Lunatic asylums Punjab 1911-1921 - 1911-1921
Year: 1911
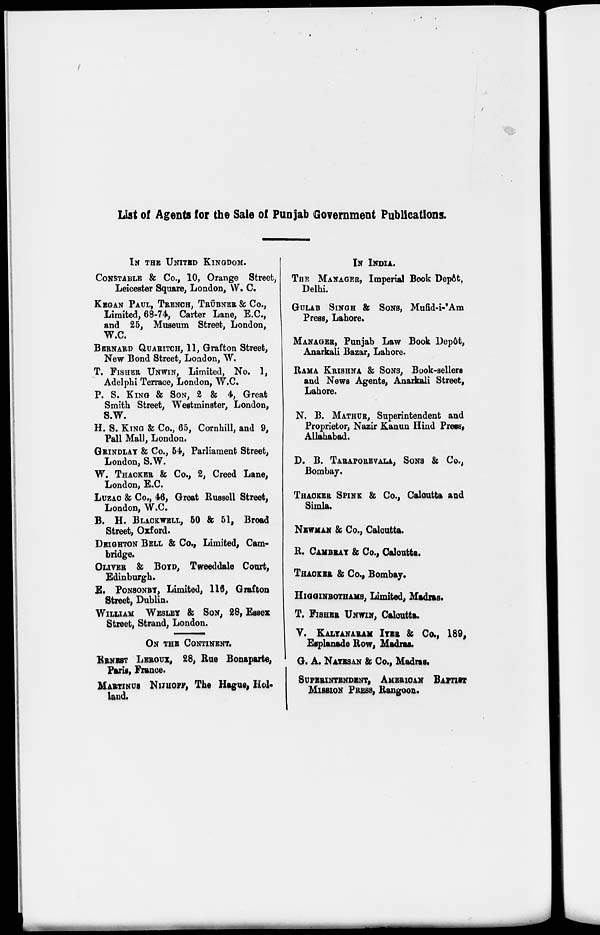
List of Agents for the Sale of Punjab Government Publications.
IN THE UNITED KINGDOM.
CONSTABLE & Co., 10, Orange Street,
Leicester Square, London, W. C.
KEGAN PAUL, TRENCH, TRÜBNER & Co.,
Limited, 68-74, Carter Lane, E.C.,
and 25, Museum Street, London,
W.C.
BERNARD QUARITCH, 11, Grafton Street,
New Bond Street, London, W.
T. FISHER UNWIN, Limited, No. 1,
Adelphi Terrace, London, W.C.
P. S. KING & SON, 2 & 4, Great
Smith Street, Westminster, London,
S.W.
H. S. KING & Co., 65, Cornhill, and 9,
Pall Mall, London.
GRINDLAY & Co., 54, Parliament Street,
London, S.W.
W. THACKER & Co., 2, Creed Lane,
London, E.C.
LUZAC & Co., 46, Great Russell Street,
London, W.C.
B. H. BLACKWELL, 50 & 51, Broad
Street, Oxford.
DEIGHTON BELL & Co., Limited, Cam-
bridge.
OLIVER & BOYD, Tweeddale Court,
Edinburgh.
E. PONSONBY, Limited, 116, Grafton
Street, Dublin.
WILLIAM WESLEY & SON, 28, Essex
Street, Strand, London.
ON THE CONTINENT.
ERNEST LEROUX, 28, Rue Bonaparte,
Paris, France.
MARTINUS NIJHOFF, The Hague, Hol-
land.
IN INDIA.
THE MANAGER, Imperial Book Depôt,
Delhi.
GULAB SINGH & SONS, Mufid-i-'Am
Press, Lahore.
MANAGER, Punjab Law Book Depôt,
Anarkali Bazar, Lahore.
RAMA KRISHNA & SONS, Book-sellers
and News Agents, Anarkali Street,
Lahore.
N. B. MATHUR, Superintendent and
Proprietor, Nazir Kanun Hind Press,
Allahabad.
D. B. TARAPOREVALA, SONS & Co.,
Bombay.
THACKER SPINK & Co., Calcutta and
Simla.
NEWMAN & Co., Calcutta.
B. CAMBRAY & Co., Calcutta.
THACKER & Co., Bombay.
HIGGINBOTHAMS, Limited, Madias.
T. FISHER UNWIN, Calcutta.
V. KALYANARAM IYER & Co., 189,
Esplanade Row, Madras.
G. A. NATESAN & Co., Madras.
SUPERINTENDENT, AMERICAN BAPTIST
MISSION PRESS, Rangoon.